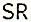
SR